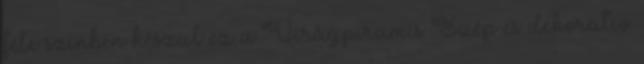
féle színben készül ez a Virágpiramis Szép és dekoratív